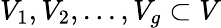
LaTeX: V_{1},V_{2},...,V_{g}\subset V